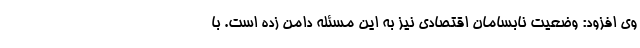
وی افزود: وضعیت نابسامان اقتصادی نیز به این مسئله دامن زده است. با